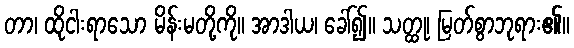
တာ၊ ထိုငါးရာသော မိန်းမတို့ကို။ အာဒါယ၊ ခေါ်၍။ သတ္ထု၊ မြတ်စွာဘုရား၏။